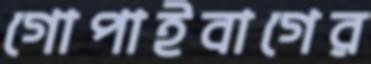
গোপাইবাগের